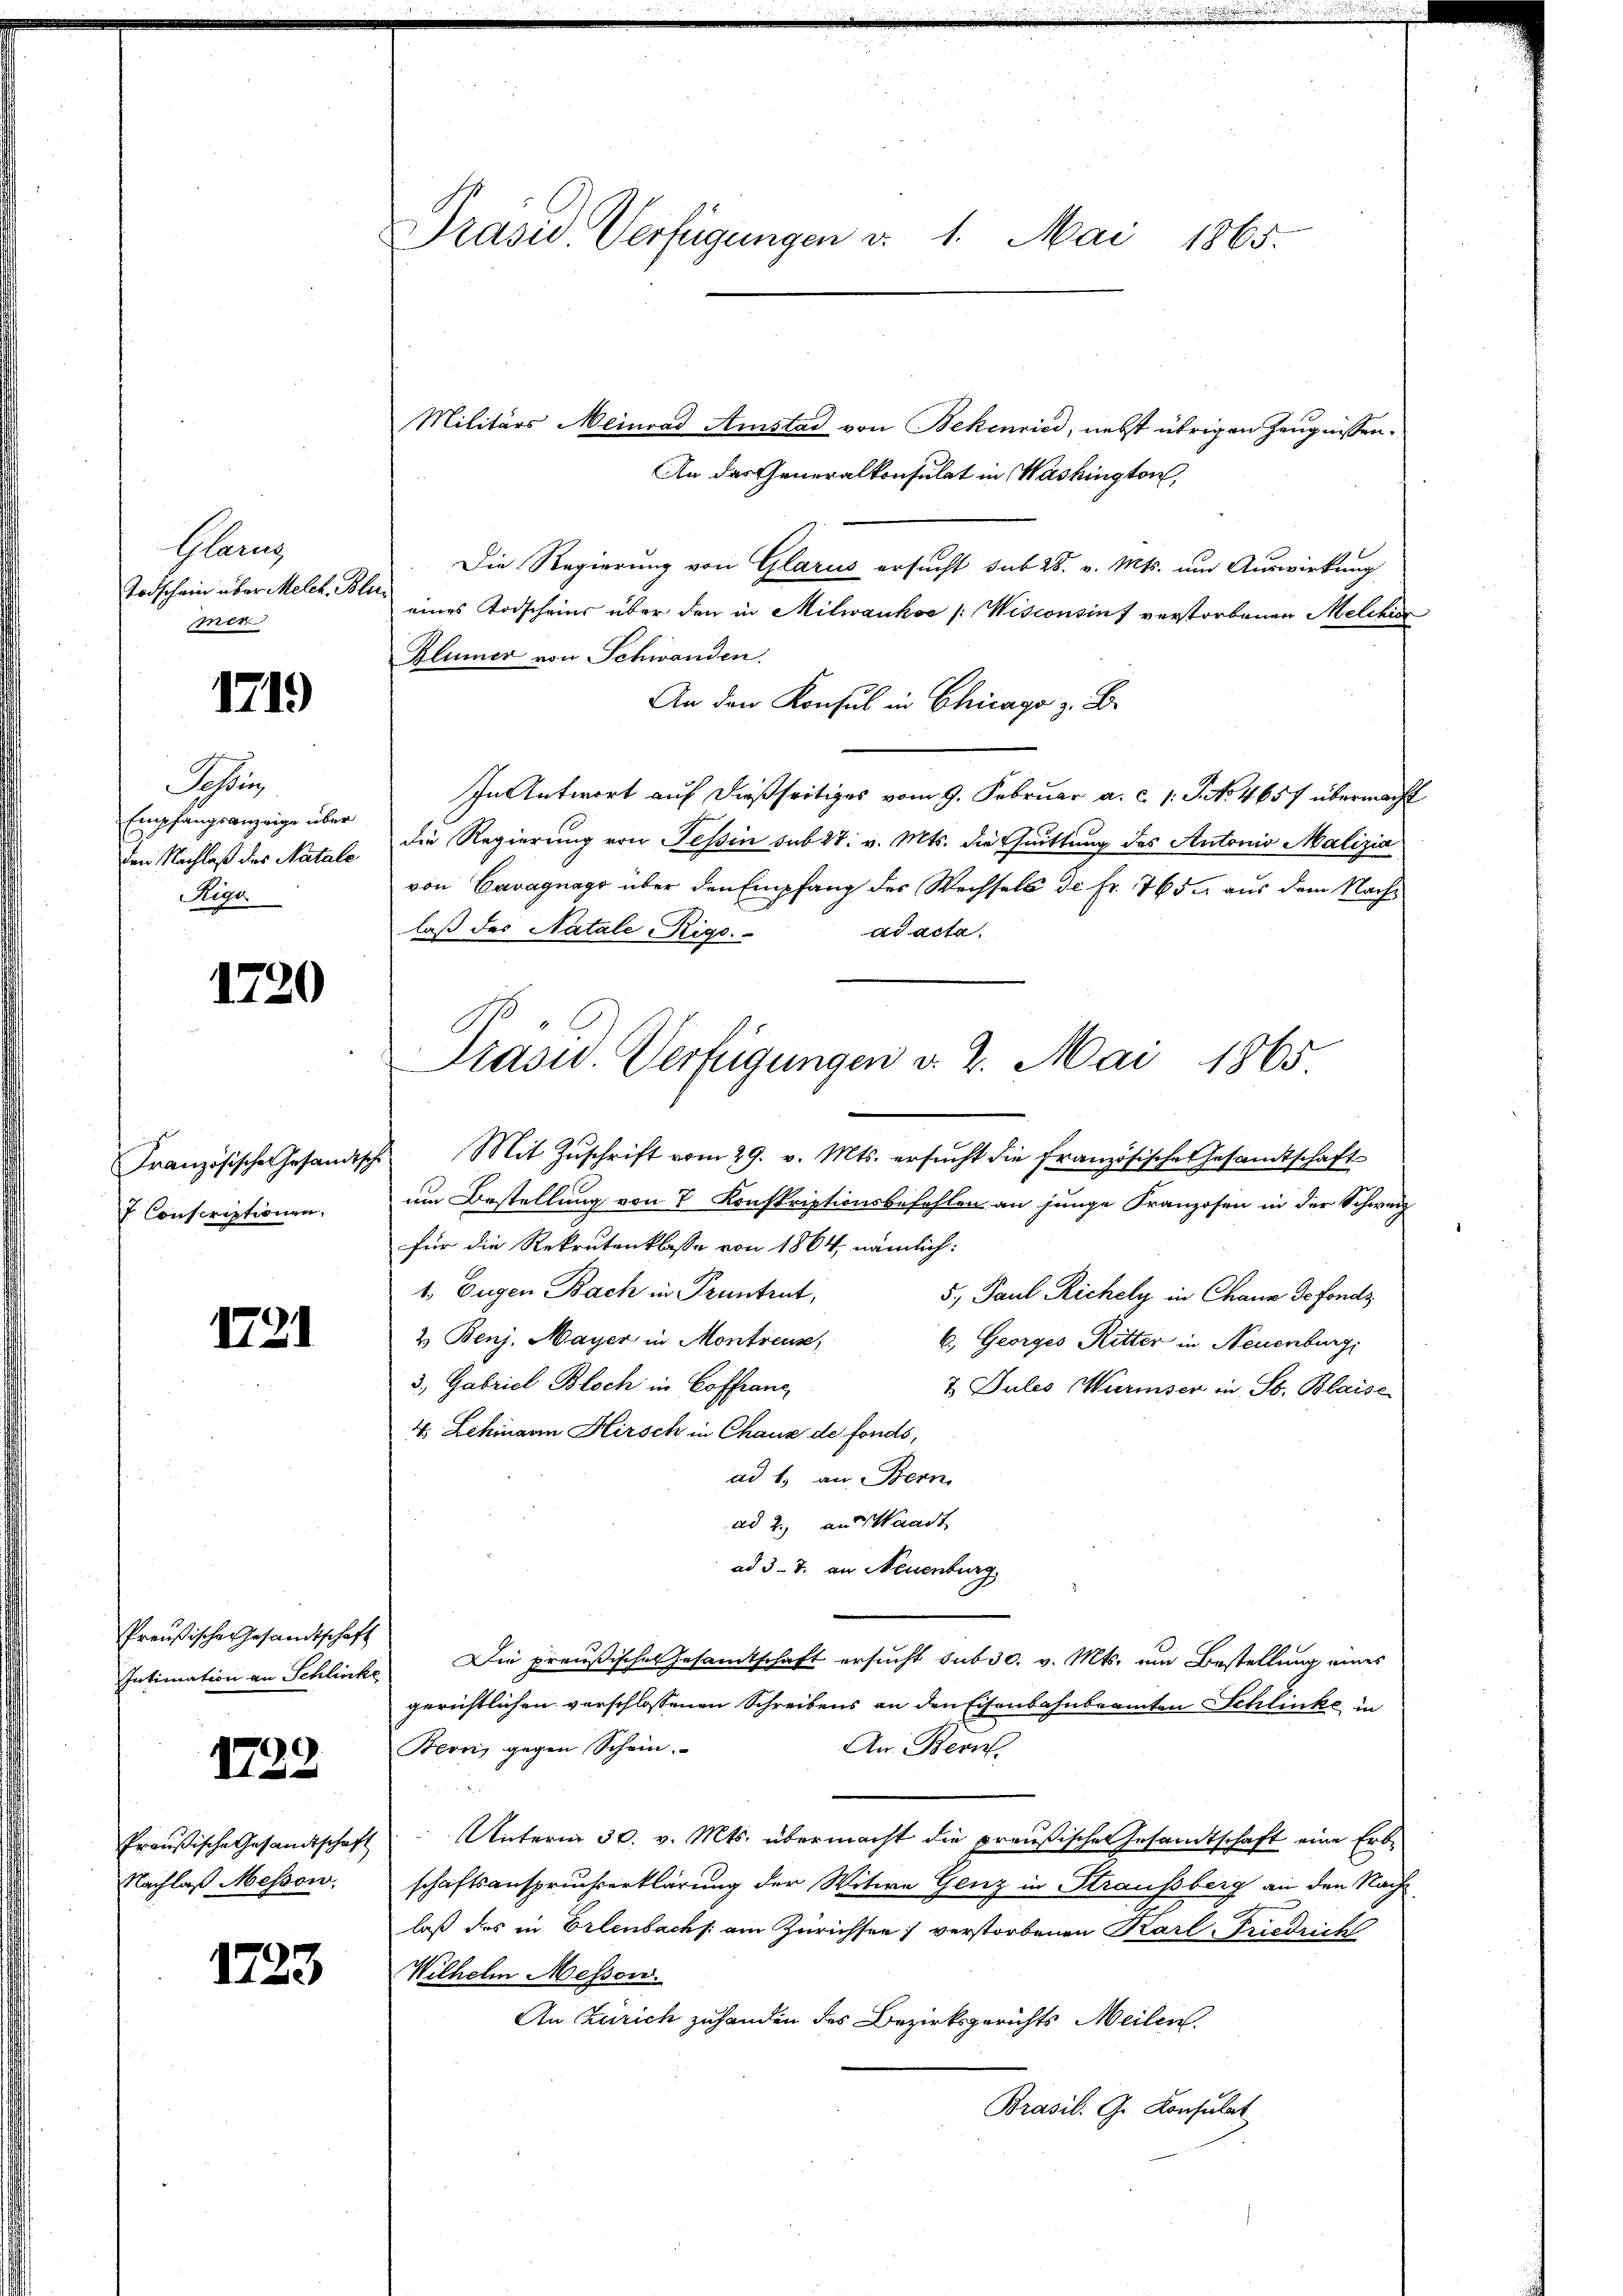
Glarus
Todschein über Melch. Bli
mer

1719

Schon
Empfangsanzeige über
den Nachlaß des Natale
Rige
d

1720

Französischen Gesandts
V. Conscriptionen.

1721

Preußische Gesandtschaft
Intimation an Schlinke

1722

Preußische Gesandtschaft
Nachlaß Messow,

1723

Präsid. Verfügungen d. 1. Mai 1865.

Präsid. Verfügungen d. 2. Mai 1865

Militärs Meinrad Amstad von Bekenried, nebst übrigen Zeugnissen.
An des Generalkonsulat in Washington,
Die Regierung von Glarus ersucht sub 28. v. Mts. um Auswirkung
eines Todscheins über den in Milwaukoe [Wisconsins verstorbenen Melchior
Blümer von Schwanden.
An den Konsul in Chicago z. B.
In Antwort auf dießseitiges vom 9. Februar a. c. 1. J. No 4657 übermacht
die Regierung von Tessin sub 27. v. Mts. die Quittung des Antonio Malizia
von Cavagnago über den Empfang des Wechsels de Fr. 765. aus dem Nachlaß des Natale Rigo.
ad acta
Mit Zŭschrift vom 29. v. Mts. ersucht die französische Gesandtschaft
um Bestellung von 7 Konskriptionsbefehlen an junge Franzosen in der Schweiz
für die Rekrutenklasse von 1864, nämlich:
1. Eugen Bach in Pruntrut,
5. Paul Richely in Chaus Gefonds
2 Benj. Mayer in Montreuse,
6.) Georges Ritter in Neuenburg,
3, Gabriel Bloch in Coffranz
7 Pules Wurmser in St. Blaise
4. Lehmann Hirsch in Chaux de fonds,
ad 1. an Bern
ad 2., an Waadt
ad 37. an Neuenburg,
Die preußisches Gesamtschaft ersucht sub 30. v. Mts. um Bestellung eines
gerichtlichen verschlossenen Schreibens an den Eisenbahnbeamten Schlinke in
Beoni gegen Schein.
An: Bern.
Unterm 30. v. Mts. übermacht die preußischen Gesandtschaft eine Erbschaftsanspruchserklärung der Witwe Genz in Straussberg an den Nach
laß des in Erlenbachs am Zürichsen; verstorbenen Karl-Friedricht
Wilhelm Messen.
An Zürich zuhanden des Bezirksgerichts Meilen.
Brasil. G. Konsulat